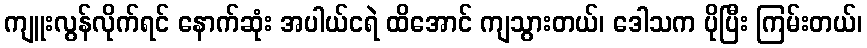
ကျူးလွန်လိုက်ရင် နောက်ဆုံး အပါယ်ငရဲ ထိအောင် ကျသွားတယ်၊ ဒေါသက ပိုပြီး ကြမ်းတယ်၊